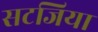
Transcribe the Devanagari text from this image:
सटजिया